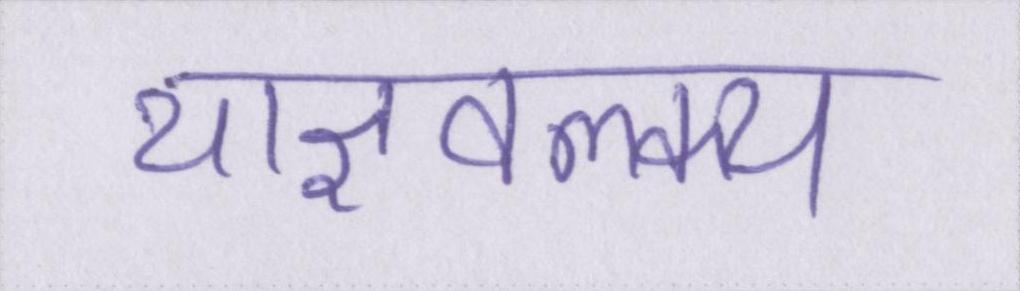
याज्ञवल्क्य